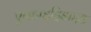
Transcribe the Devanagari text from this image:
एनहाइड्रिडाइड